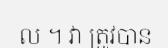
ល ។ វា ត្រូវបាន